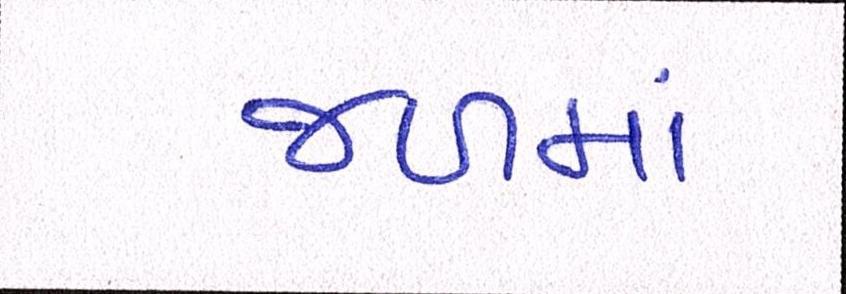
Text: જળમાં